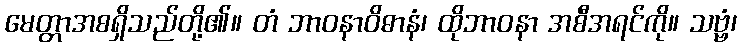
မေတ္တာအစရှိသည်တို့၏။ တံ ဘာဝနာဝိဓာနံ၊ ထိုဘာဝနာ အစီအရင်ကို။ သဗ္ဗံ၊